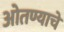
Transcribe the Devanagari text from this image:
ओतण्याचे